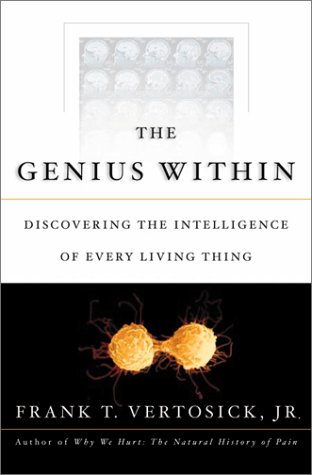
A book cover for The Genius Within: Discovering the Intelligence of Every Living Thing; Dr. Frank  T. Vertosick  Jr.; Medical Books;